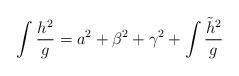
LaTeX: \begin{align*}\int \frac{h^2}{g} = a^2 + \beta^2 +\gamma^2 + \int \frac{\tilde{h}^2}{g}\end{align*}